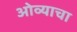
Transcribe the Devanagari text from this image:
ओव्याचा